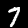
Label: 7